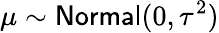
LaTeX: \mu\sim\mathsf{Normal}(0,\tau^{2})